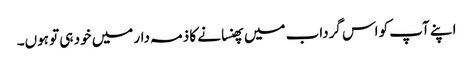
اپنے آپ کو اس گرداب میں پھنسانے کا ذمہ دار میں خود ہی تو ہوں۔